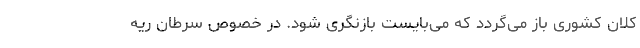
کلان کشوری باز می‌گردد که می‌بایست بازنگری شود. در خصوص سرطان ریه